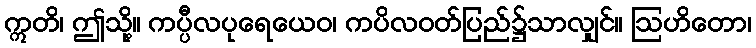
ဣတိ၊ ဤသို့။ ကပ္ပီလပုရေယေဝ၊ ကပိလဝတ်ပြည်၌သာလျှင်။ ဩဟိတော၊